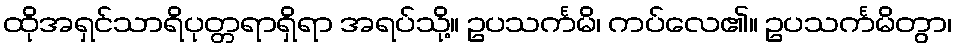
ထိုအရှင်သာရိပုတ္တရာရှိရာ အရပ်သို့။ ဥပသင်္ကမိ၊ ကပ်လေ၏။ ဥပသင်္ကမိတွာ၊